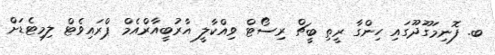
ބ. ފޮނިމަގޫދޫގައި ހިންގާ ރީތި ބީޗް ރިސޯޓް ވިއްކާލީ އާރުބީއާރްއެމް ޕްރައިވެޓް ލިމިޓެޑަށް